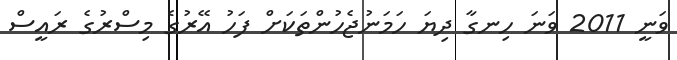
ވަނީ 2011 ވަނަ ހިނގާ ދިޔަ ހަމަނުޖެހުންތަކަށް ފަހު އޭރުގެ މިސްރުގެ ރައީސް